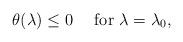
LaTeX: \begin{align*}\theta(\lambda)\leq 0~~~~\mbox{for}~\lambda=\lambda_0,\end{align*}